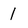
Character: 1